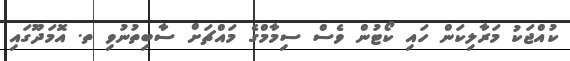
ކުއްޖަކު މަރާލިކަން ހައި ކޯޓުން ވެސް ސިމާމްގެ މައްޗަށް ސާބިތުނުވި ތ. އޮމަދޫގައި